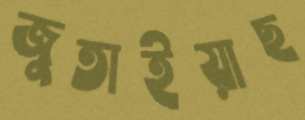
জুতাইয়াছ